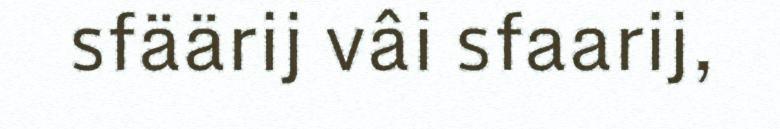
sfäärij vâi sfaarij,